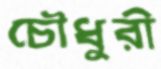
চৌধুরী